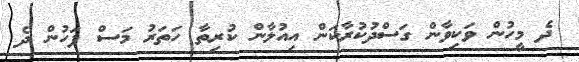
ދެ މީހުން ވަކިވާން ގަސްދުކުރާކަން އިއުލާން ކުރިތާ ހަތަރު މަސް ފަހުން ދެ